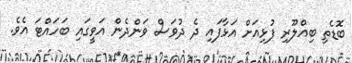
ބޮޑެތި ބިއްލޫރި ފުޅިއަށް އަޅާފައި ދެ ދުވަސް ވަންދެން އަވީގައި ބަހައްޓަ އެވެ.